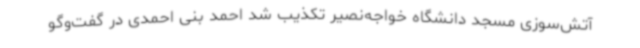
آتش‌سوزی مسجد دانشگاه خواجه‌نصیر تکذیب شد احمد بنی احمدی در گفت‌وگو